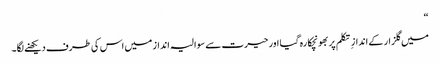
“
میں گلزار کے انداز ِ تکلم پر بھونچکا رہ گیا اور حیرت سے سوالیہ انداز میں اس کی طرف دیکھنے لگا۔